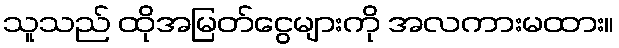
သူသည် ထိုအမြတ်ငွေများကို အလကားမထား။